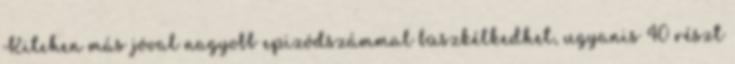
Kitchen más jóval nagyobb epizódszámmal büszkélkedhet, ugyanis 40 részt